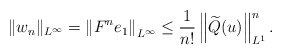
\begin{align*}\|w_n\|_{L^{\infty}}= \left\| F^n e_1 \right\|_{L^{\infty}} \leq \frac{1}{n!}\left\|\widetilde{Q}(u)\right\|_{L^1}^n.\end{align*}